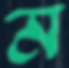
ম